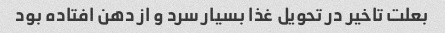
بعلت تاخیر در تحویل غذا بسیار سرد و از دهن افتاده بود